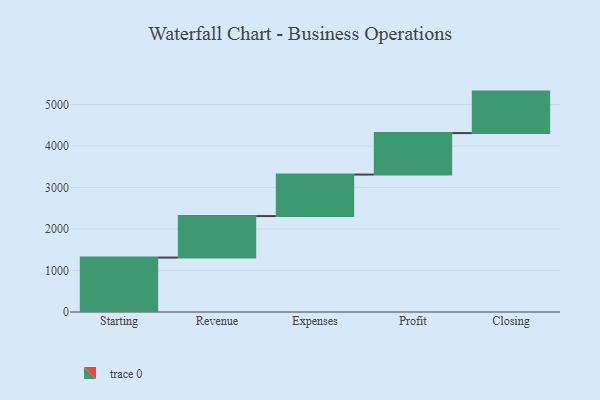
{"axis": {"x": "Step", "y": "Value"}, "legend": [""], "data": [{"x": "Starting", "y": 1312.0, "type": ""}, {"x": "Revenue", "y": 1000, "type": ""}, {"x": "Expenses", "y": 1000, "type": ""}, {"x": "Profit", "y": 1000, "type": ""}, {"x": "Closing", "y": 1000, "type": ""}]}